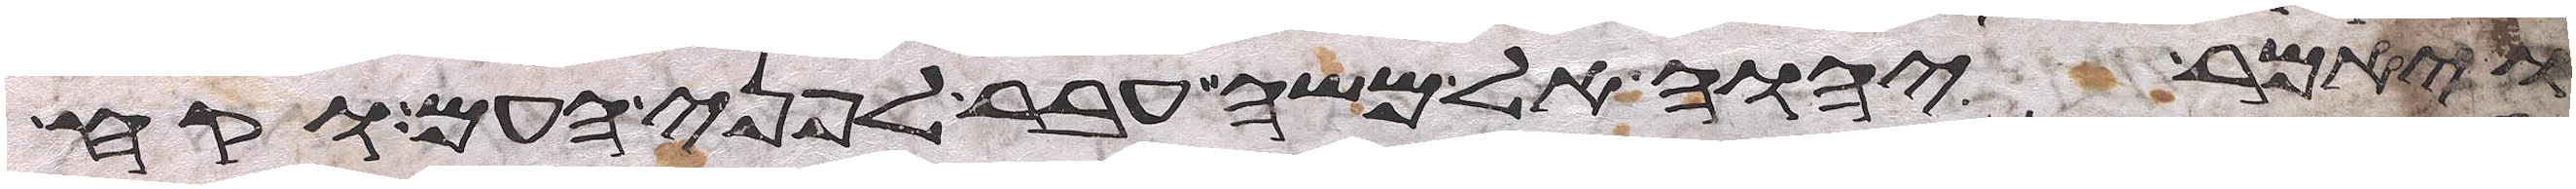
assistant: ויאמר יהוה אל משה עבר לפני העם וקח